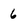
Character: 6